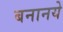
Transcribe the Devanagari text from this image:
बनानये